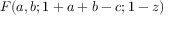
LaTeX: F ( a , b ; 1 + a + b - c ; 1 - z )